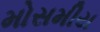
મોસમીય